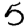
Digit: 5